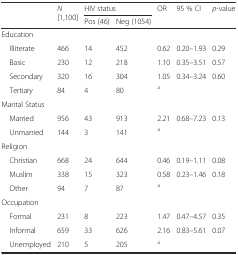
<table><thead><tr><td rowspan="2"></td><td rowspan="2"><b><i>N</i> [1,100]</b></td><td colspan="2"><b>HIV status</b></td><td rowspan="2"><b>OR</b></td><td rowspan="2"><b>95 % CI</b></td><td rowspan="2"><b><i>p</i>-value</b></td></tr><tr><td><b>Pos (46)</b></td><td><b>Neg (1054)</b></td></tr></thead><tbody><tr><td colspan="7">Education</td></tr><tr><td> Illiterate</td><td>466</td><td>14</td><td>452</td><td>0.62</td><td>0.20–1.93</td><td>0.29</td></tr><tr><td> Basic</td><td>230</td><td>12</td><td>218</td><td>1.10</td><td>0.35–3.51</td><td>0.57</td></tr><tr><td> Secondary</td><td>320</td><td>16</td><td>304</td><td>1.05</td><td>0.34–3.24</td><td>0.60</td></tr><tr><td> Tertiary</td><td>84</td><td>4</td><td>80</td><td><sup>a</sup></td><td></td><td></td></tr><tr><td colspan="7">Marital Status</td></tr><tr><td> Married</td><td>956</td><td>43</td><td>913</td><td>2.21</td><td>0.68–7.23</td><td>0.13</td></tr><tr><td> Unmarried</td><td>144</td><td>3</td><td>141</td><td><sup>a</sup></td><td></td><td></td></tr><tr><td colspan="7">Religion</td></tr><tr><td> Christian</td><td>668</td><td>24</td><td>644</td><td>0.46</td><td>0.19–1.11</td><td>0.08</td></tr><tr><td> Muslim</td><td>338</td><td>15</td><td>323</td><td>0.58</td><td>0.23–1.46</td><td>0.18</td></tr><tr><td> Other</td><td>94</td><td>7</td><td>87</td><td><sup>a</sup></td><td></td><td></td></tr><tr><td colspan="7">Occupation</td></tr><tr><td> Formal</td><td>231</td><td>8</td><td>223</td><td>1.47</td><td>0.47–4.57</td><td>0.35</td></tr><tr><td> Informal</td><td>659</td><td>33</td><td>626</td><td>2.16</td><td>0.83–5.61</td><td>0.07</td></tr><tr><td> Unemployed</td><td>210</td><td>5</td><td>205</td><td><sup>a</sup></td><td></td><td></td></tr></tbody></table>